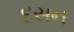
દસન